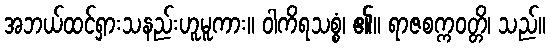
အဘယ်ထင်ရှားသနည်းဟူမူကား။ ဝါကိရသစ္စံ၊ ၏။ ရာဇစက္ကဝတ္တိ၊ သည်။